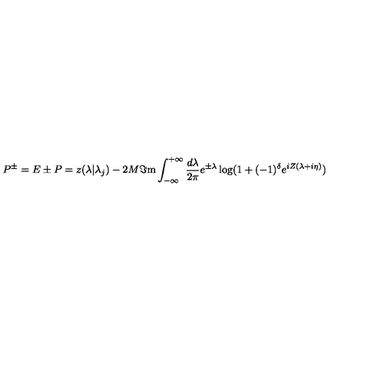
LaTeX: P ^ { \pm } = E \pm P = z ( \lambda | \lambda _ { j } ) - 2 M \Im \mathrm { m } \int _ { - \infty } ^ { + \infty } \frac { d \lambda } { 2 \pi } e ^ { \pm \lambda } \log ( 1 + ( - 1 ) ^ { \delta } e ^ { i Z ( \lambda + i \eta ) } )